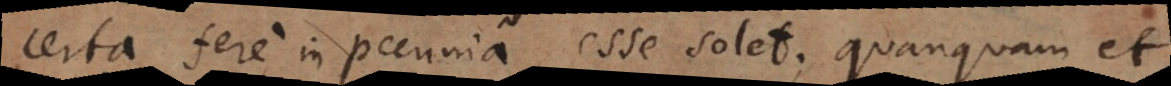
certa fere in pecunia esse solet; quanquam et